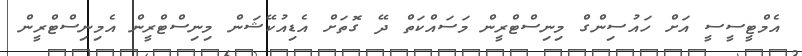
އެމްޓީސީސީ އަށް ހައުސިންގް މިނިސްޓްރީން މަސައްކަތް ދޭ ގޮތަށް އެޑިއުކޭޝަން މިނިސްޓްރީން އެމިނިސްޓްރީން